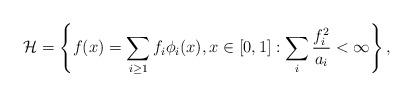
LaTeX: \begin{align*} \mathcal{H} = \left\{ f(x) =\sum_{i\geq 1} f_i \phi_i(x), x \in [0,1]: \sum_{i}\frac{f_i^2}{a_i} < \infty \right\},\end{align*}